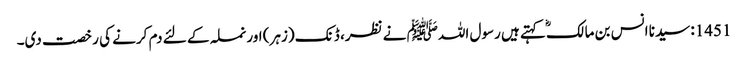
1451: سیدنا انس بن مالکؓ کہتے ہیں رسول اللہﷺ نے نظر، ڈنک (زہر) اور نملہ کے لئے دم کرنے کی رخصت دی۔